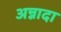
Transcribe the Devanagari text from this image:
अन्नादा